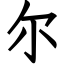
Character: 尔